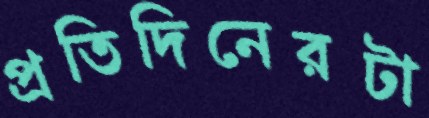
প্রতিদিনেরটা